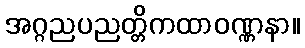
အဂ္ဂညပညတ္တိကထာဝဏ္ဏနာ။